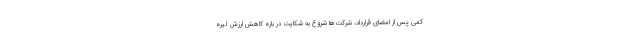
کمی پس از امضای قرارداد، شرکت‌ها شروع به شکایت در باره کاهش ارزش لیره